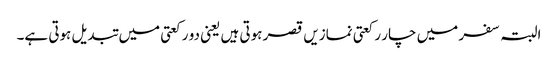
البتہ سفر میں چار رکعتی نمازیں قصر ہوتی ہیں یعنی دو رکعتی میں تبدیل ہوتی ہے۔